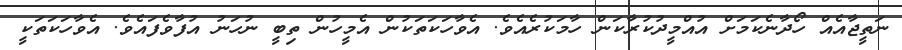
ނަތީޖާއެއް ހޯދާނެކަމަށް އުއްމީދުކުރާކަން ހާމަކުރެއެވެ. އެވާހަކަތަކުން އެމީހުން ތިބީ ނުހަނު އުފާވެފައެވެ. އެވާހަކަތަކީ